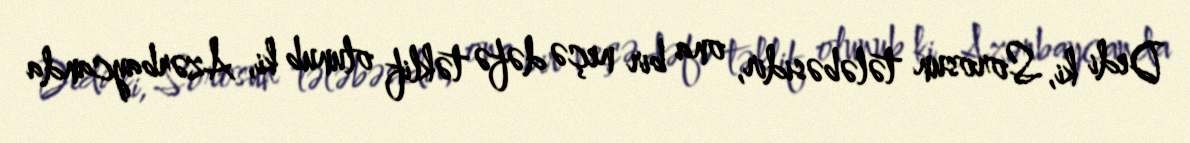
Dedi ki, Sorosun tələbəsidir, ona bir neçə dəfə təklif olunub ki, Azərbaycanda